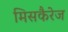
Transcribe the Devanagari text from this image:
मिसकैरेज